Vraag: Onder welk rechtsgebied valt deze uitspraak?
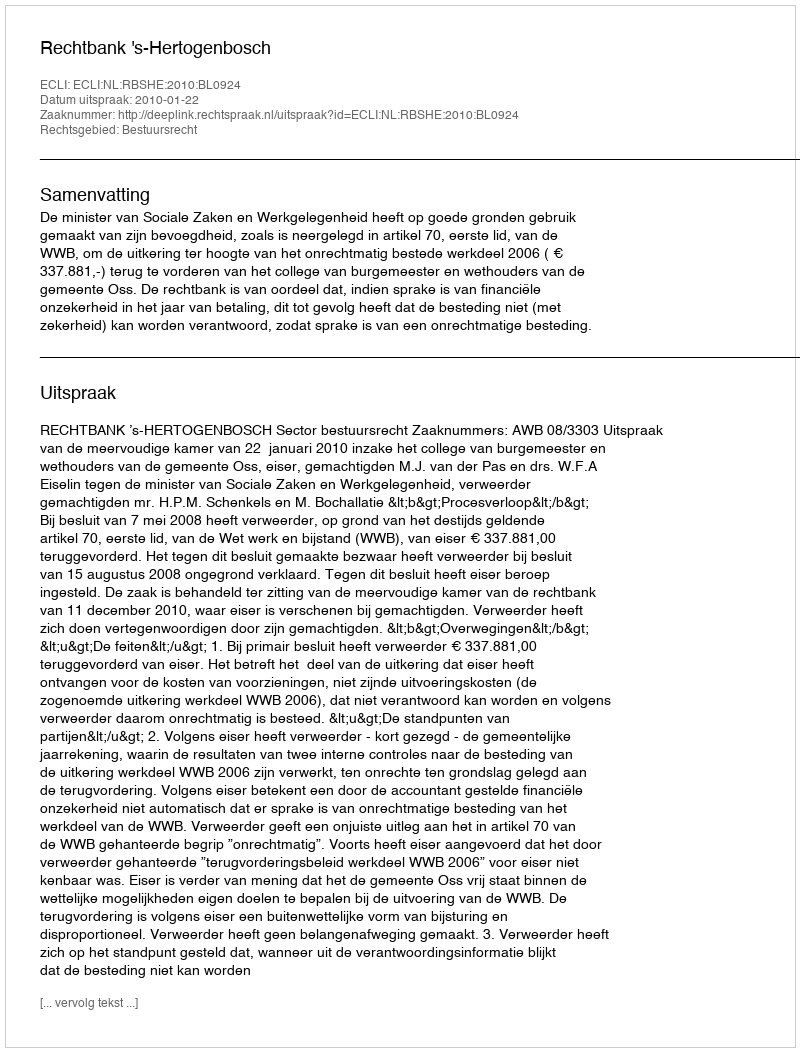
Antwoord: Bestuursrecht